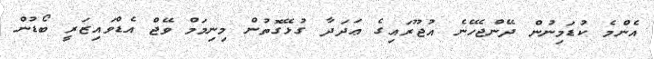
އެންމެ ކުޑަމިނުން ދޭންޖެހޭނެ އުޖޫރައިގެ ޢަދަދާ ގުޅޭގޮތުން މިނިމަމް ވޭޖް އެޑްވައިޒަރީ ބޯޑުން